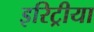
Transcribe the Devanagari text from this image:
इरिट्रीया